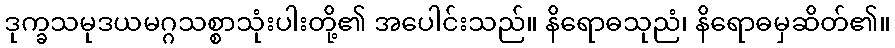
ဒုက္ခသမုဒယမဂ္ဂသစ္စာသုံးပါးတို့၏ အပေါင်းသည်။ နိရောဓသုညံ၊ နိရောဓမှဆိတ်၏။